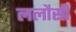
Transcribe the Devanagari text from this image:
ललौसी